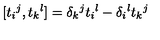
[ t _ { i } { } ^ { j } , t _ { k } { } ^ { l } ] = \delta _ { k } { } ^ { j } t _ { i } { } ^ { l } - \delta _ { i } { } ^ { l } t _ { k } { } ^ { j }